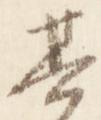
其